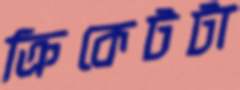
ক্রিকেটটা